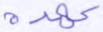
عهده